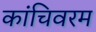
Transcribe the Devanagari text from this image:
कांचिवरम